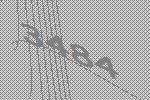
3484